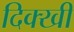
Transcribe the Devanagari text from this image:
दिक्खी